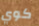
كوي